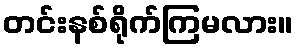
တင်းနစ်ရိုက်ကြမလား။